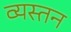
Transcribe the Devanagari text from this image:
व्यस्तन